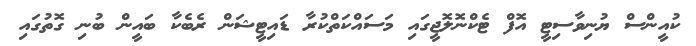
ކުއީންސް ޔުނިވާސިޓީ އޮފް ޓެކްނޮލޮޖީގައި މަސައްކަތްކުރާ ޑައިޓީޝަން ރެބެކާ ބައީން ބުނި ގޮތުގައި